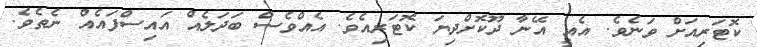
ކޮޓަރިއަށް ވަނެވެ. އެއީ އޭނާ ދޫކޮށްދިޔަ ކޮޓަރިއެވެ. އެއްވެސް ބަދަލެއް އައިސްފައެއް ނެތެވެ.